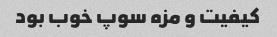
کیفیت و مزه سوپ خوب بود